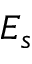
E _ { s }